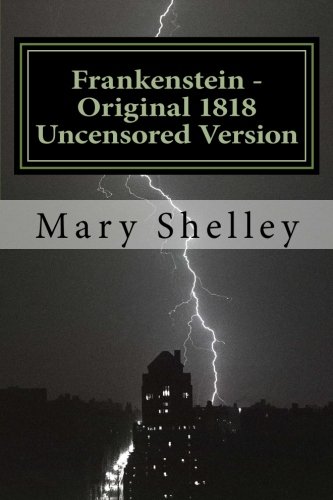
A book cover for Frankenstein - Original 1818 Uncensored Version; Mary Shelley; Science Fiction & Fantasy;